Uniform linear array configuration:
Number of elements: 48
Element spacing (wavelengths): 0.5
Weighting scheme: hamming
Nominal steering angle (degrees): -15
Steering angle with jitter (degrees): -16.484
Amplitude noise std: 0.05
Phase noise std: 0.05

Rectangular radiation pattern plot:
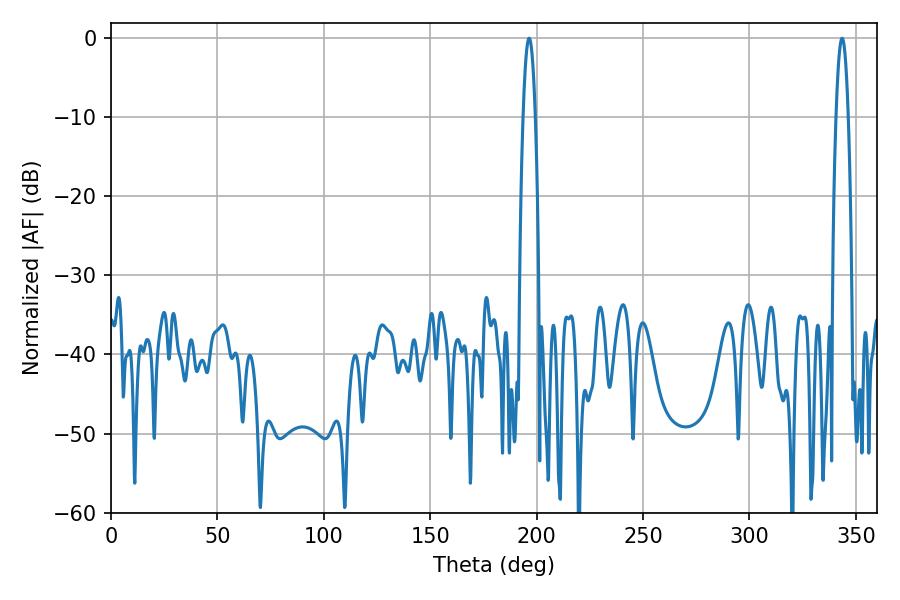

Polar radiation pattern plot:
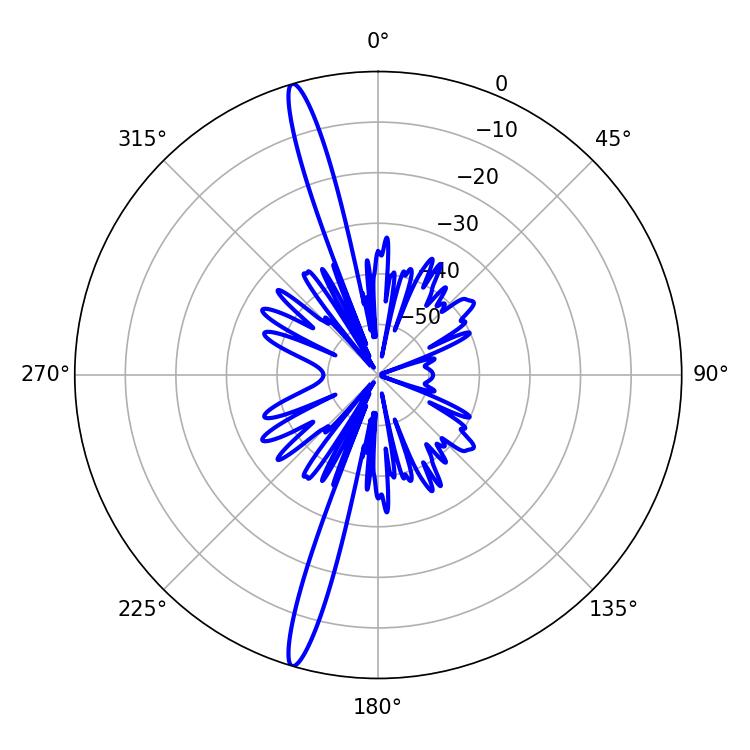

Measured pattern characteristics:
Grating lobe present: FALSE
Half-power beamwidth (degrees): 3.06
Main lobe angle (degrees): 196.38